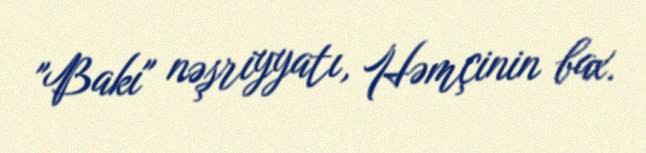
"Bakı" nəşriyyatı, Həmçinin bax.